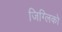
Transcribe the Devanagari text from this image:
जिग्लिको